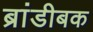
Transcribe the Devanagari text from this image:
ब्रांडीबक